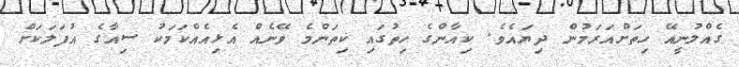
ގެއްލުނީއޭ ހިތަށްއަރަމުން ދިޔައެވެ. ކިއާންގެ ހިތުގައި ކިތަންމެ ވޭނެއް އެޅިއެއްކަމަކު ސިއާގެ އުފަލަކަށް